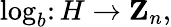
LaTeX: \log_{b}\colon H\rightarrow\mathbf{Z}_{n},